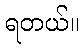
ရတယ်။